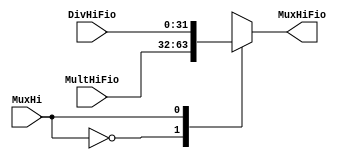
module MuxHi( input wire [31:0] MultHiFio, input wire [31:0] DivHiFio, input wire [0:0] MuxHi, output reg [31:0] MuxHiFio);

always begin
		case(MuxHi)
			1'b0: 
			begin
			MuxHiFio <= MultHiFio;
			end
						
			1'b1:
			begin
			MuxHiFio <= DivHiFio;
			end
			
		endcase
	end
 
	

endmodule